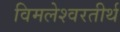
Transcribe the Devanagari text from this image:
विमलेश्वरतीर्थ